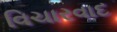
વિચારવાદ